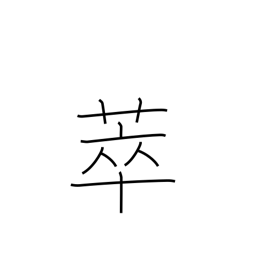
Meaning: collect